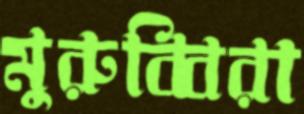
মুরুব্বিরা